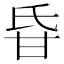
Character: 𤯁